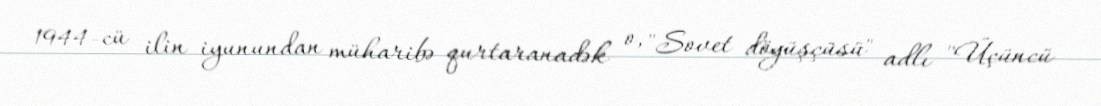
1944-cü ilin iyunundan müharibə qurtaranadək o, "Sovet döyüşçüsü" adlı "Üçüncü